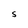
Character: S